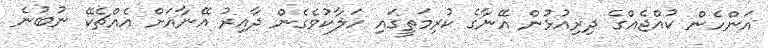
އަންހެން ކުއްޖެއްގެ ދިރިއުޅުން އޭނާގެ ކުރިމަތީގައި ހަލާކުވެގެން ދާއިރު އޭނާއަށް އެއްޗެކޭ ނުބުނެ